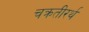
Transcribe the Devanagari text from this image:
चक्रतीरर्थ